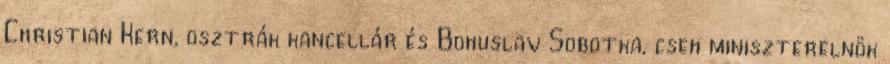
Christian Kern, osztrák kancellár és Bohuslav Sobotka, cseh miniszterelnök